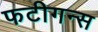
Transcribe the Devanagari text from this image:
फटीगन्स